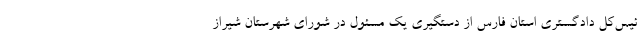
ئیس‌کل دادگستری استان فارس از دستگیری یک مسئول در شورای شهرستان شیراز